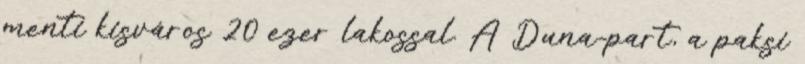
menti kisváros 20 ezer lakossal. A Duna-part, a paksi